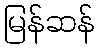
မြန်ဆန်